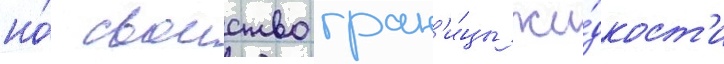
но́ своиство гран'и́цы жи́дкост'и